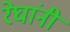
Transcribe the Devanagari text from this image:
रेघांनी